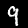
Label: 9